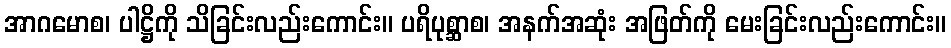
အာဂမောစ၊ ပါဋ္ဌိကို သိခြင်းလည်းကောင်း။ ပရိပုစ္ဆာစ၊ အနက်အဆုံး အဖြတ်ကို မေးခြင်းလည်းကောင်း။